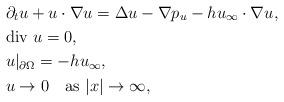
LaTeX: \begin{align*}&\partial_tu+u\cdot\nabla u=\Delta u-\nabla p_u-hu_\infty\cdot\nabla u, \\&\mbox{div $u$}=0, \\&u|_{\partial\Omega}=-hu_\infty, \\&u\to 0 \quad\mbox{as $|x|\to\infty$}, \\\end{align*}